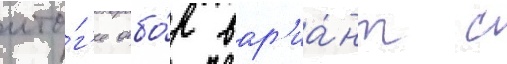
ито́г'е отбо́р вар'иа́нт с